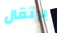
برتقال